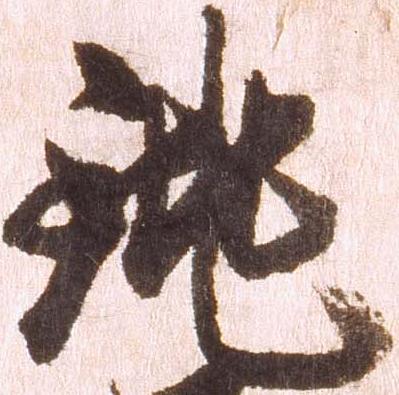
銚